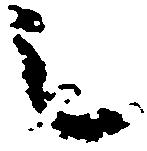
之